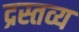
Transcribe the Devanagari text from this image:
द्रस्तव्य